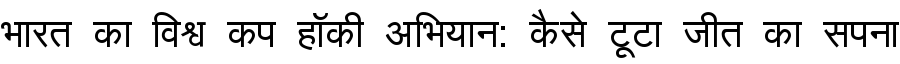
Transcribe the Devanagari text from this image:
भारत का विश्व कप हॉकी अभियान: कैसे टूटा जीत का सपना